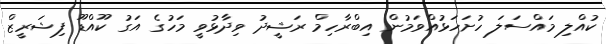
ކުއްލި މައްސަލަ ހުށަހަޅުއްވަމުން އިބްރާހިމް ރަޝީދު ވިދާޅުވީ މަހުގެ އަގު ކޫއްޑޫ ފިޝަރީޒް